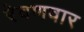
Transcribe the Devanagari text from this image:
रेवणवार